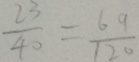
\frac { 6 3 } { 4 0 } = \frac { 6 9 } { 1 2 0 }